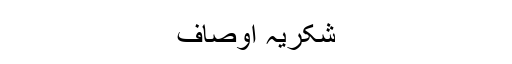
شکریہ اوصاف